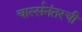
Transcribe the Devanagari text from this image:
चार्ल्सनंतरची